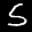
Label: 5